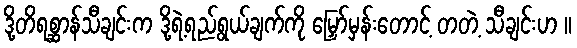
ဒို့တိရစ္ဆာန်သီချင်းက ဒို့ရဲ့ရည်ရွယ်ချက်ကို မြှော်မှန်းတောင့် တတဲ့ သီချင်းဟ ။